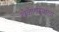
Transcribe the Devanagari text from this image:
खेळणाऱ्याला